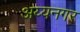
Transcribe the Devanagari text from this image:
अय्यनगर